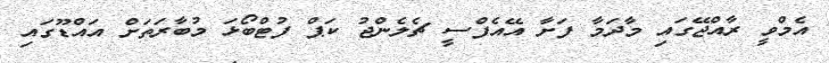
އެމްވީ ރާއްޖޭގައި މާދަމާ ފަށާ އޭއެފްސީ ޗެލެންޖު ކަޕް ފުޓްބޯޅަ މުބާރަތަށް އައްޑޫގައި